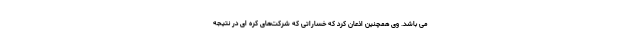
می باشد. وی همچنین اذعان کرد که خساراتی که شرکت‌های کره ای در نتیجه